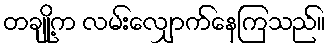
တချို့က လမ်းလျှောက်နေကြသည်။